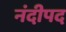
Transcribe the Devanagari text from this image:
नंदीपद